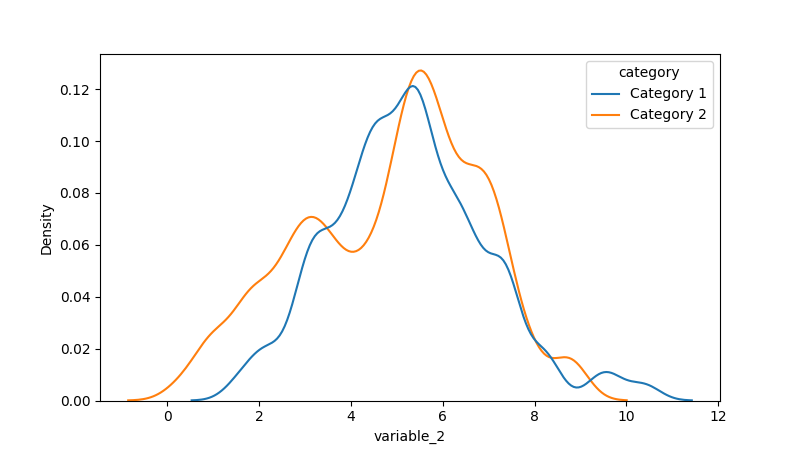
python, seaborn, kdeplot, hue='category', fill=False, bw_adjust=0.5